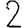
Digit: 2